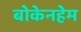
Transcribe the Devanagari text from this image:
बोकेनहेम